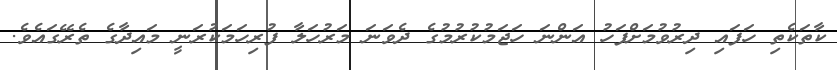
ކާތަކެތި ހަފައި ދިރުވުމަށްފަހު އަންނަ ހަޖަމުކުރުމުގެ ދެވަނަ މަރުހަލާ ފުރިހަމަކުރަނީ މައިދާގެ ތެރޭގައެވެ.